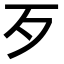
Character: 歹